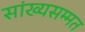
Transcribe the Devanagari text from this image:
सांख्यसम्मत